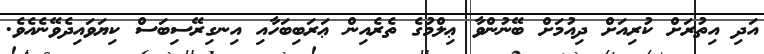
އަދި އިތުރަށް ކުރިއަށް ދިއުމަށް ބޭނުންވާ ޢިލްމުގެ ތެރެއިން ޢަރަބިބަހާއި އިނގިރޭސިބަސް ކިޔަވައިދެވޭނެއެވެ.